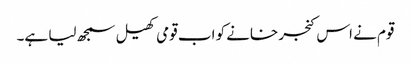
قوم نے اس کنجر خانے کو اب قومی کھیل سمجھ لیا ہے۔